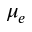
\mu _ { e }